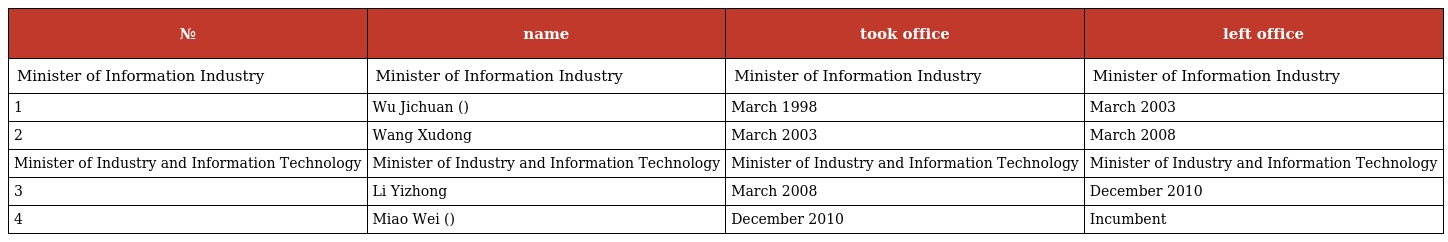
| № | name | took office | left office |
 | --- | --- | --- | --- |
 | Minister of Information Industry | Minister of Information Industry | Minister of Information Industry | Minister of Information Industry |
 | 1 | Wu Jichuan (吴基传) | March 1998 | March 2003 |
 | 2 | Wang Xudong | March 2003 | March 2008 |
 | Minister of Industry and Information Technology | Minister of Industry and Information Technology | Minister of Industry and Information Technology | Minister of Industry and Information Technology |
 | 3 | Li Yizhong | March 2008 | December 2010 |
 | 4 | Miao Wei (苗圩) | December 2010 | Incumbent |